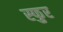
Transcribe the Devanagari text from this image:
स्‍फुर